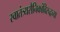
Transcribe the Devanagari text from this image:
स्वातंत्र्यसैनिकांविरुद्धच्या